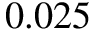
0 . 0 2 5